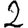
Digit: 2